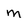
Character: m